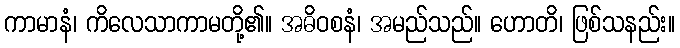
ကာမာနံ၊ ကိလေသာကာမတို့၏။ အဓိဝစနံ၊ အမည်သည်။ ဟောတိ၊ ဖြစ်သနည်း။